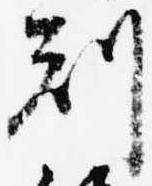
刻